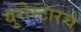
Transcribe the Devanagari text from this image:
युरोस्टारचे